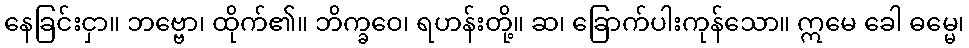
နေခြင်းငှာ။ ဘဗ္ဗော၊ ထိုက်၏။ ဘိက္ခဝေ၊ ရဟန်းတို့။ ဆ၊ ခြောက်ပါးကုန်သော။ ဣမေ ခေါ ဓမ္မေ၊